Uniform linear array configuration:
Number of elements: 12
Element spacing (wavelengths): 0.25
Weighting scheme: blackman
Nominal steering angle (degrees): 30
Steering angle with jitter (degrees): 29.195
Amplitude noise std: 0.05
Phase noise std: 0.05

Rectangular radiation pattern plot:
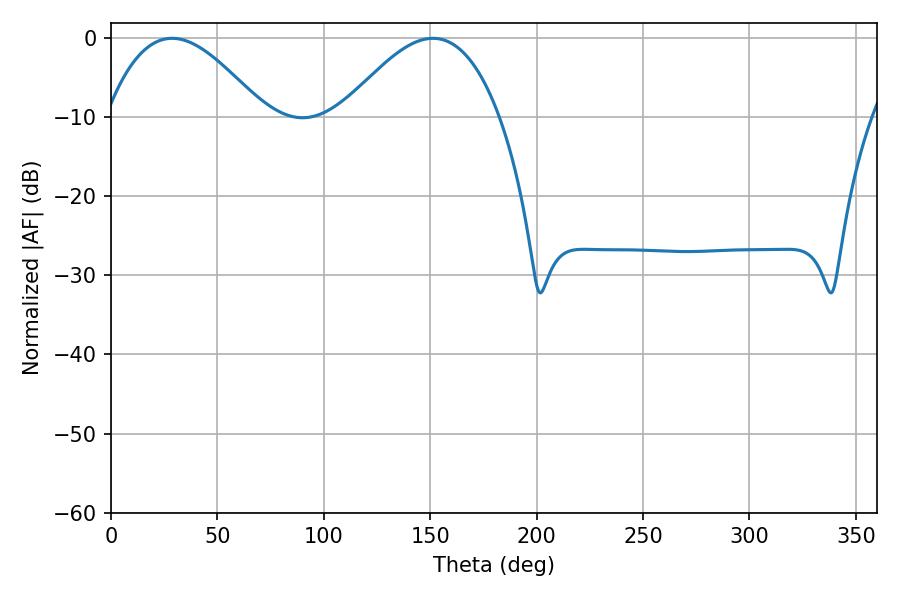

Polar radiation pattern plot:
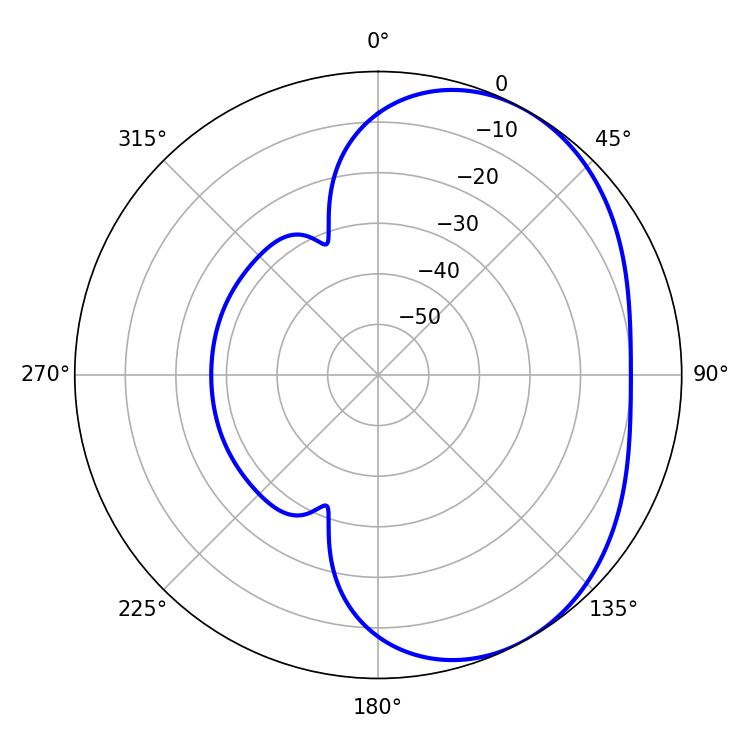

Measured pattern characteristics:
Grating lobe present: FALSE
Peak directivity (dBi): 3.833
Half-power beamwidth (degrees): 40.14
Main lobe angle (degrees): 28.8